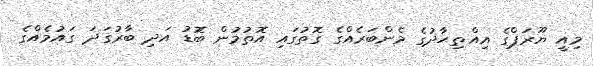
މިއީ ޔޫރަޕްގެ އިއްތިޙާދުގެ މެންބަރެއްގެ ގޮތުގައި އޮތުމުން ބޮޑު އަދި ބާރުގަދަ ގައުމެއްގެ